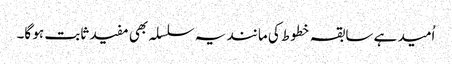
اُمید ہے سابقہ خطوط کی مانند یہ سلسلہ بھی مفید ثابت ہو گا۔